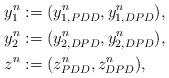
LaTeX: \begin{align*}& y_1^n := (y_{1,PDD}^n, y_{1,DPD}^n), \\& y_2^n := (y_{2,DPD}^n, y_{2,DPD}^n), \\& z^n := (z^n_{PDD}, z^n_{DPD}),\end{align*}